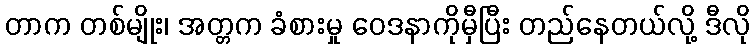
တာက တစ်မျိုး၊ အတ္တက ခံစားမှု ဝေဒနာကိုမှီပြီး တည်နေတယ်လို့ ဒီလို